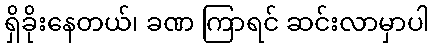
ရှိခိုးနေတယ်၊ ခဏ ကြာရင် ဆင်းလာမှာပါ